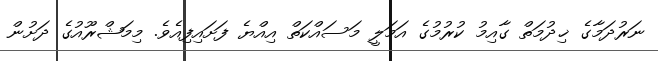
ނަރުދަމާގެ ޚިދުމަތް ގާއިމު ކުރުމުގެ އަމަލީ މަސައްކަތް އިއްޔެ ފަށައިފިއެވެ. މިމަޝްރޫއުގެ ދަށުން